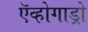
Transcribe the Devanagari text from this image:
ऍव्होगाड्रो